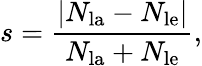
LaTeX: s=\frac{|N_{\mathrm{la}}-N_{\mathrm{le}}|}{N_{\mathrm{la}}+N_{\mathrm{le}}},